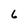
Character: 6